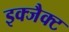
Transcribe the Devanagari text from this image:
इक्जैक्ट